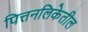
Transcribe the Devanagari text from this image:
पित्तनलिकेतील